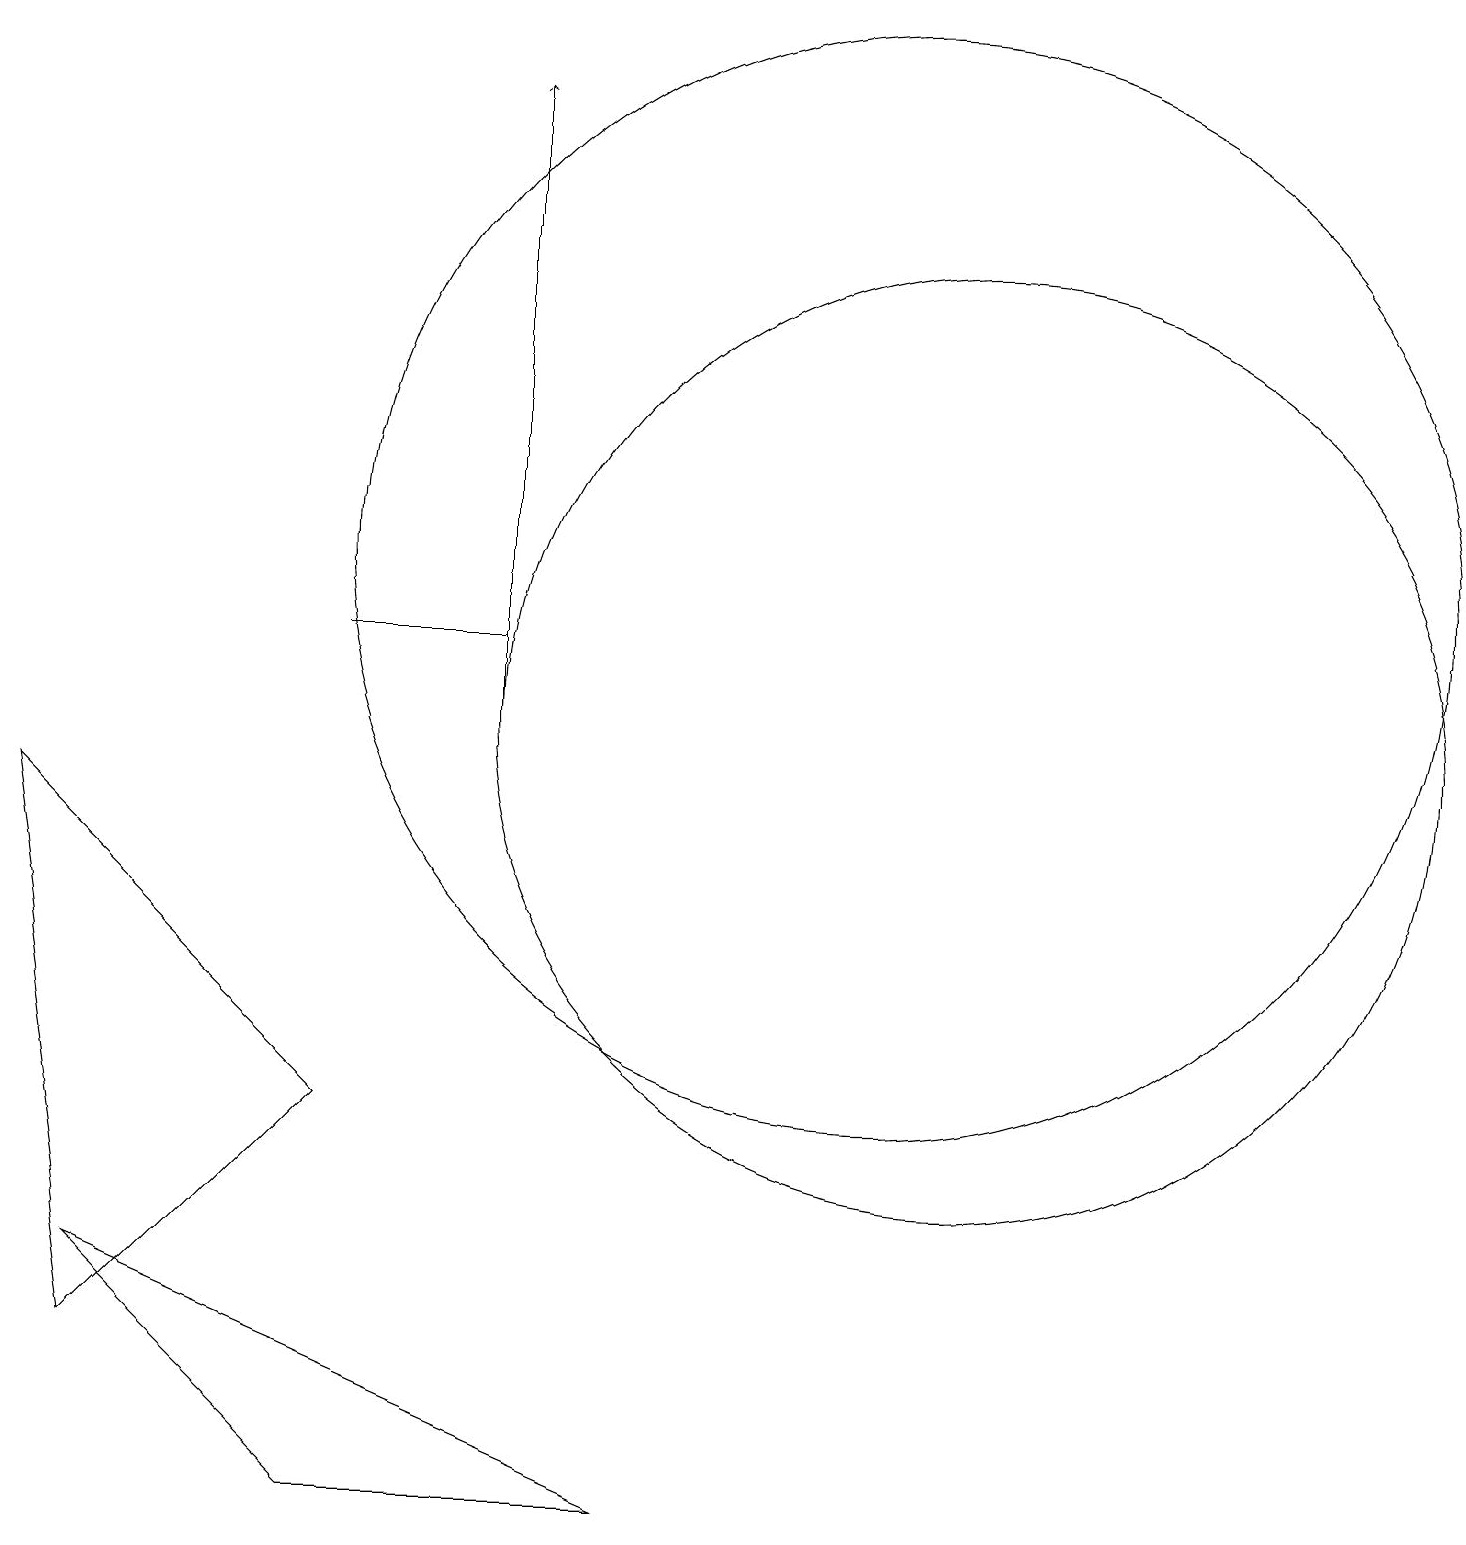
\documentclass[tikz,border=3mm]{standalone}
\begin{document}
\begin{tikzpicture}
\draw (6,11) rectangle (4,11);
\draw[->] (6,10) -- (6,18);
\draw (12,10) circle (6);
\draw (11,12) circle (7);
\draw (4,5) -- (1,2) -- (0,9) -- cycle;
\draw (8,0) -- (1,3) -- (4,0) -- cycle;
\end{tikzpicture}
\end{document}